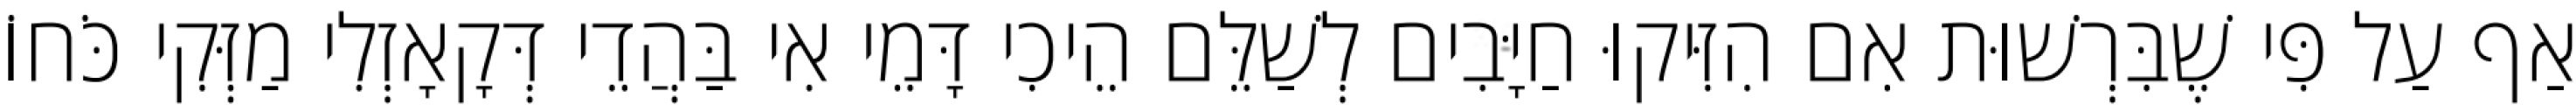
אַף עַל פִּי שֶׁבִּרְשׁוּת אִם הִזִּיקוּ חַיָּבִים לְשַׁלֵּם הֵיכִי דָּמֵי אִי בַּהֲדֵי דְּקָאָזְלִי מַזְּקִי כֹּחוֹ